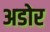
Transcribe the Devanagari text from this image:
अडोर